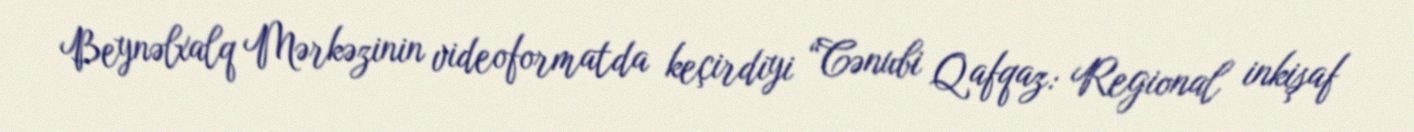
Beynəlxalq Mərkəzinin videoformatda keçirdiyi “Cənubi Qafqaz: Regional inkişaf